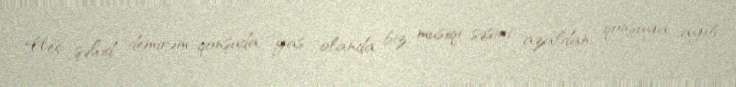
Heç şəhid demirəm, qonşuda yas olanda biz musiqi səsini azaldan, qonşuya ayıb